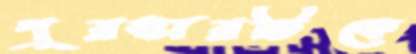
পুরস্কারটিকে